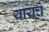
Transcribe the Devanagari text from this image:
यायचं